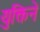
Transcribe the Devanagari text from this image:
युक्तिने